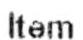
ITEM